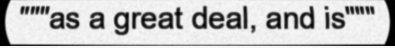
"""as a great deal, and is"""